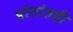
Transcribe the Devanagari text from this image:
प्रांतांतही